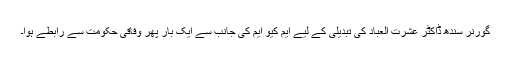
گورنر سندھ ڈاکٹر عشرت العباد کی تبدیلی کے لیے ایم کیو ایم کی جانب سے ایک بار پھر وفاقی حکومت سے رابطے ہوا۔